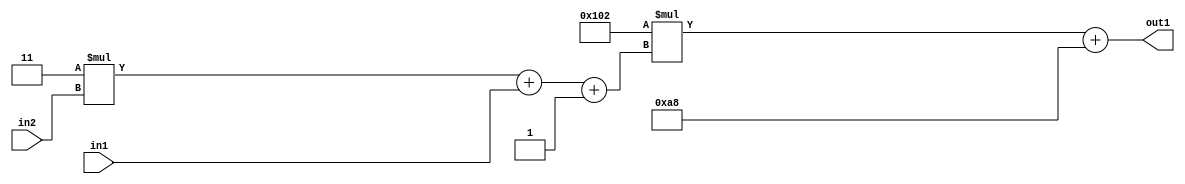
`timescale 1ps / 1ps
/*****************************************************************************
    Verilog RTL Description
    
    
    Created by: Stratus DpOpt 2019.1.01 
*******************************************************************************/

module DC_Filter_Add2i168Mul2i258Add3i1u1Mul2i3u2_1 (
	in2,
	in1,
	out1
	); /* architecture "behavioural" */ 
input [1:0] in2;
input  in1;
output [11:0] out1;
wire [11:0] asc001;
wire [3:0] asc002;

wire [3:0] asc002_tmp_0;
wire [3:0] asc002_tmp_1;
assign asc002_tmp_1 = 
	+(4'B0011 * in2);
assign asc002_tmp_0 = asc002_tmp_1
	+(in1);
assign asc002 = asc002_tmp_0
	+(4'B0001);

wire [11:0] asc001_tmp_2;
assign asc001_tmp_2 = 
	+(12'B000100000010 * asc002);
assign asc001 = asc001_tmp_2
	+(12'B000010101000);

assign out1 = asc001;
endmodule

/* CADENCE  vrP4Twk= : u9/ySgnWtBlWxVPRXgAZ4Og= ** DO NOT EDIT THIS LINE ******/